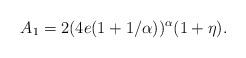
LaTeX: \begin{align*}A_1 = 2( 4e(1+1/\alpha))^{\alpha} (1+ \eta).\end{align*}